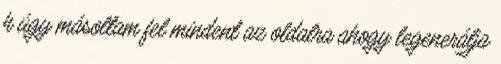
h úgy másoltam fel mindent az oldalra ahogy legenerálja